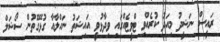
ރައީސް ނަޝީދު މިއަދު ކުރެއްވި ޓްވީޓެއްގައި ވިދާޅުވީ އައިޝަތު ނަހްލާއާ ގުޅޭގޮތުން ސޯޝަލް